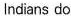
lndians do